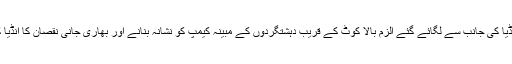
اجلاس کے شرکاء نےانڈیا کی جانب سے لگائے گئے الزم بالا کوٹ کے قریب دہشتگردوں کے مبینہ کیمپ کو نشانہ بنانے اور بھاری جانی نقصان کا انڈیا کا دعویٰ مسترد کر دیا ۔